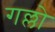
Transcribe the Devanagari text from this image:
गल्लो